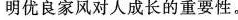
明优良家风对人成长的重要性。